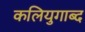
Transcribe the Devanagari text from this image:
कलियुगाब्द